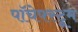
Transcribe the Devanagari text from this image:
पॉचेफ्स्ट्रूम